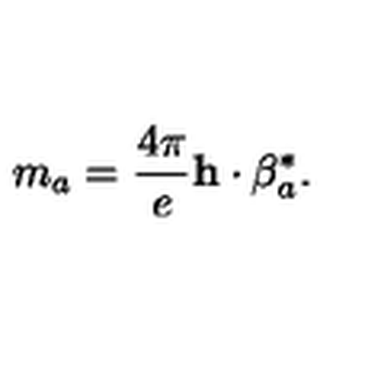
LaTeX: m _ { a } = \frac { 4 \pi } { e } { \bf h } \cdot { { \mathrm { \boldmath \beta } } _ { a } ^ { * } } .